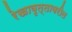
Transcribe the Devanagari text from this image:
रेखावृत्तावरील